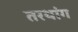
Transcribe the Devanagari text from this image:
तरथांग